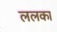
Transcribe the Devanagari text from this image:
ललका